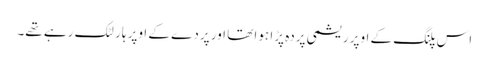
اس پلنگ کے اوپر ریشمی پردہ پڑا ہوا تھا اور پردے کے اوپر ہار لٹک رہے تھے۔